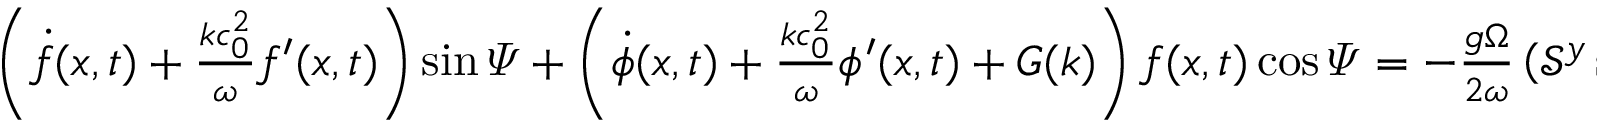
\begin{array} { r } { \left( \dot { f } ( x , t ) + \frac { k c _ { 0 } ^ { 2 } } { \omega } f ^ { \prime } ( x , t ) \right) \sin \varPsi + \left( \dot { \phi } ( x , t ) + \frac { k c _ { 0 } ^ { 2 } } { \omega } \phi ^ { \prime } ( x , t ) + G ( k ) \right) f ( x , t ) \cos \varPsi = - \frac { g \Omega } { 2 \omega } \left( \mathcal { S } ^ { y } \sin \varPsi + \mathcal { S } ^ { x } \cos \varPsi \right) . } \end{array}